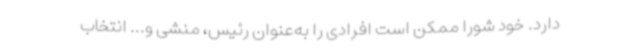
دارد. خود شورا ممکن است افرادی را به‌عنوان رئیس، منشی و... انتخاب